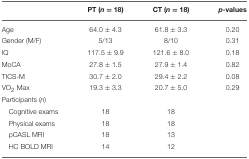
|  | PT (n = 18) | CT (n = 18) | p-values |
 | --- | --- | --- | --- |
 | Age | 64.0 ± 4.3 | 61.8 ± 3.3 | 0.20 |
 | Gender (M/F) | 5/13 | 8/10 | 0.31 |
 | IQ | 117.5 ± 9.9 | 121.6 ± 8.0 | 0.18 |
 | MoCA | 27.8 ± 1.5 | 27.9 ± 1.4 | 0.82 |
 | TICS-M | 30.7 ± 2.0 | 29.4 ± 2.2 | 0.08 |
 | VO2 Max | 19.3 ± 3.3 | 20.7 ± 5.0 | 0.29 |
 | Participants (n) |  |  |  |
 | Cognitive exams | 18 | 18 |  |
 | Physical exams | 18 | 18 |  |
 | pCASL MRI | 18 | 13 |  |
 | HC BOLD MRI | 14 | 12 |  |